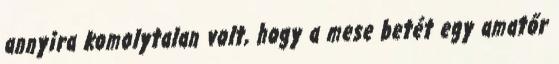
annyira komolytalan volt, hogy a mese betét egy amatőr